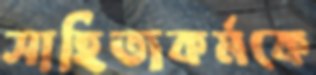
সাহিত্যকর্মকে